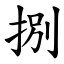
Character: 捌